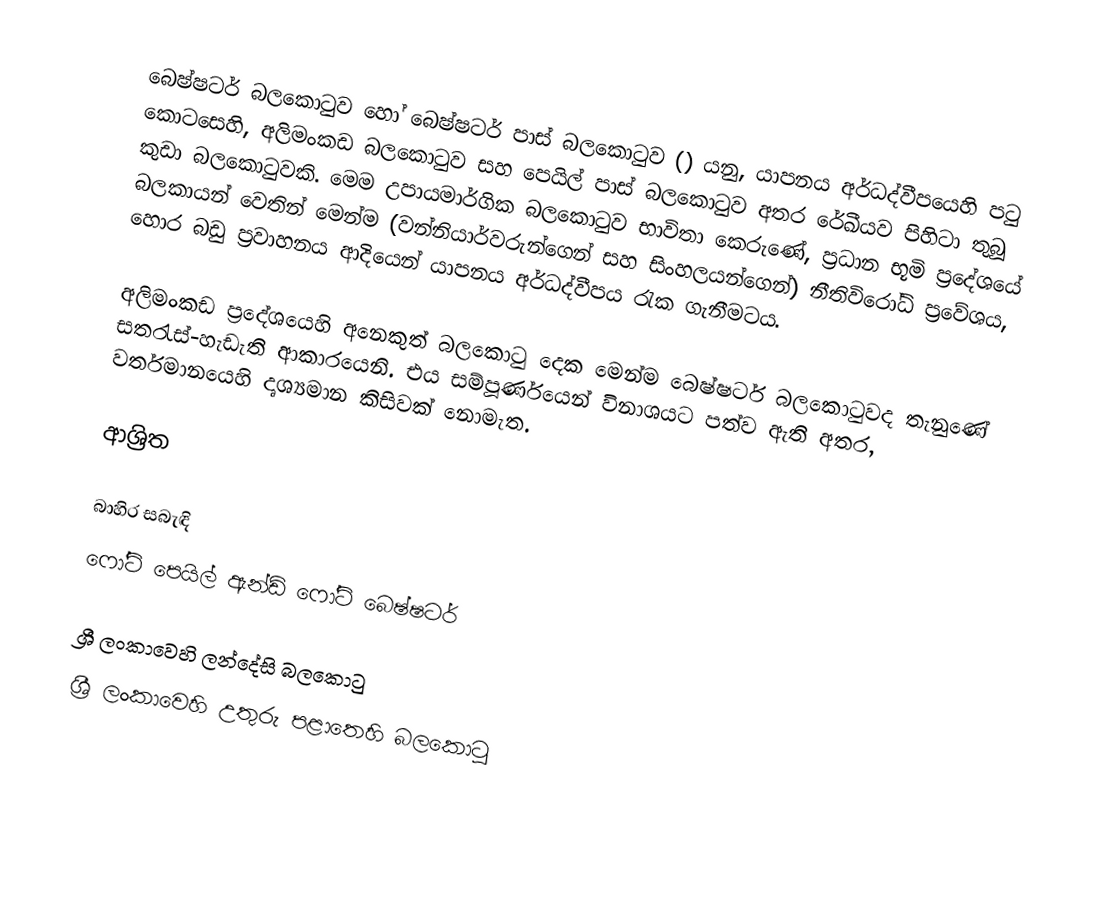
බෙෂ්ෂටර් බලකොටුව හෝ   බෙෂ්ෂටර් පාස් බලකොටුව () යනු,  යාපනය අර්ධද්වීපයෙහි පටු කොටසෙහි,  අලිමංකඩ බලකොටුව සහ පෙයිල් පාස් බලකොටුව අතර රේඛීයව පිහිටා තුබූ කුඩා බලකොටුවකි. මෙම උපායමාර්ගික බලකොටුව භාවිතා කෙරුණේ, ප්‍රධාන භූමි ප්‍රදේශයේ බලකායන් වෙතින් මෙන්ම (වන්නියාර්වරුන්ගෙන් සහ සිංහලයන්ගෙන්) නීතිවිරෝධි ප්‍රවේශය, හොර බඩු ප්‍රවාහනය ආදියෙන්  යාපනය අර්ධද්වීපය රැක ගැනීමටය.

අලිමංකඩ ප්‍රදේශයෙහි අනෙකුත් බලකොටු දෙක මෙන්ම බෙෂ්ෂටර් බලකොටුවද තැනුණේ සතරැස්-හැඩැති ආකාරයෙනි. එය සම්පූර්ණයෙන් විනාශයට පත්ව ඇති අතර, වර්තමානයෙහි දෘශ්‍යමාන කිසිවක් නොමැත.

ආශ්‍රිත

බාහිර සබැඳි
 ෆෝට් පෙයිල් ඇන්ඩ් ෆෝට් බෙෂ්ෂටර්

ශ්‍රී ලංකාවෙහි ලන්දේසි බලකොටු
ශ්‍රී ලංකාවෙහි උතුරු පළාතෙහි බලකොටු